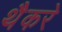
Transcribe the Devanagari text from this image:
थैैकरे